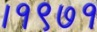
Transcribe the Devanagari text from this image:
।१९७१